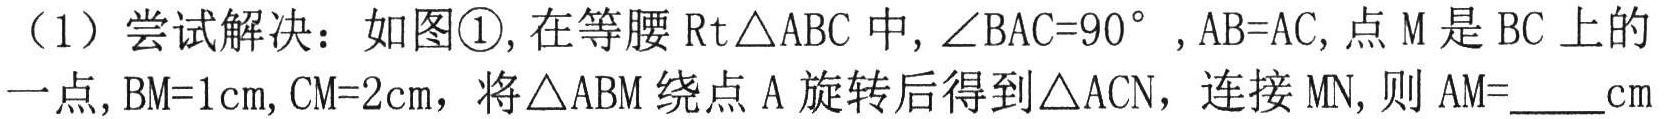
（1）尝试解决：如图\textcircled{1},在等腰\(\text{Rt}\triangle ABC\)中,\(\angle BAC = 90^{\circ}\),\(AB = AC\),点\(M\)是\(BC\)上的一点,\(BM = 1\text{cm}\),\(CM = 2\text{cm}\)，将\(\triangle ABM\)绕点\(A\)旋转后得到\(\triangle ACN\)，连接\(MN\)，则\(AM=\underline{\quad}\text{cm}\)